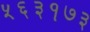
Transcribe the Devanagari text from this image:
५६३१७३